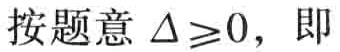
按题意 \(\Delta\geq0\)，即